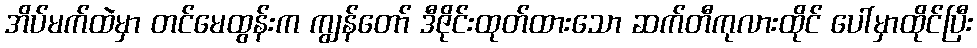
အိပ်မက်ထဲမှာ တင်မေထွန်းက ကျွန်တော် ဒီဇိုင်းထုတ်ထားသော ဆက်တီကုလားထိုင် ပေါ်မှာထိုင်ပြီး